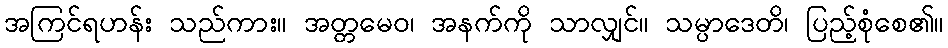
အကြင်ရဟန်း သည်ကား။ အတ္တမေဝ၊ အနက်ကို သာလျှင်။ သမ္ပာဒေတိ၊ ပြည့်စုံစေ၏။